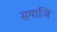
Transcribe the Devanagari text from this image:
सयाजि